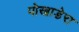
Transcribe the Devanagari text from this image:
पोखाडेरा